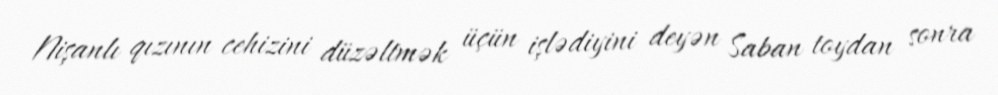
Nişanlı qızının cehizini düzəltmək üçün işlədiyini deyən Saban toydan sonra